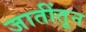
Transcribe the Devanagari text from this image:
जातींतून